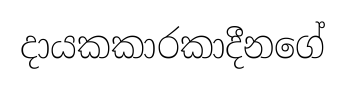
දායකකාරකාදීනගේ